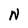
Character: N